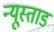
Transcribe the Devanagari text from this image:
न्यूस्ताड